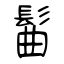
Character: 髷